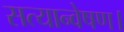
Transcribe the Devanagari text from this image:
सत्यान्वेषण।